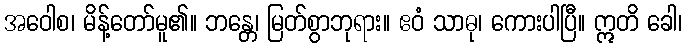
အဝေါစ၊ မိန့်တော်မူ၏။ ဘန္တေ၊ မြတ်စွာဘုရား။ ဧဝံ သာဓု၊ ကေားပါပြီ။ ဣတိ ခေါ၊